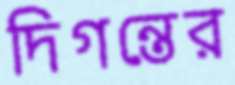
দিগন্তের